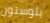
يلوستون